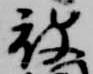
被